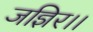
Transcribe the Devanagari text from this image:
जज्ञिर।।